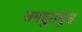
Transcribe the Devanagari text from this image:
समचुतर्भुज